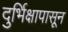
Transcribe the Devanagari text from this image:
दुर्भिक्षापासून